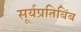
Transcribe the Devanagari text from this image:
सूर्यप्रतिबिंब